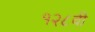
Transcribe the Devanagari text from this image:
१२८वी